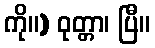
ကို။) ဝုတ္တာ၊ ပြီ။